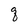
Character: q